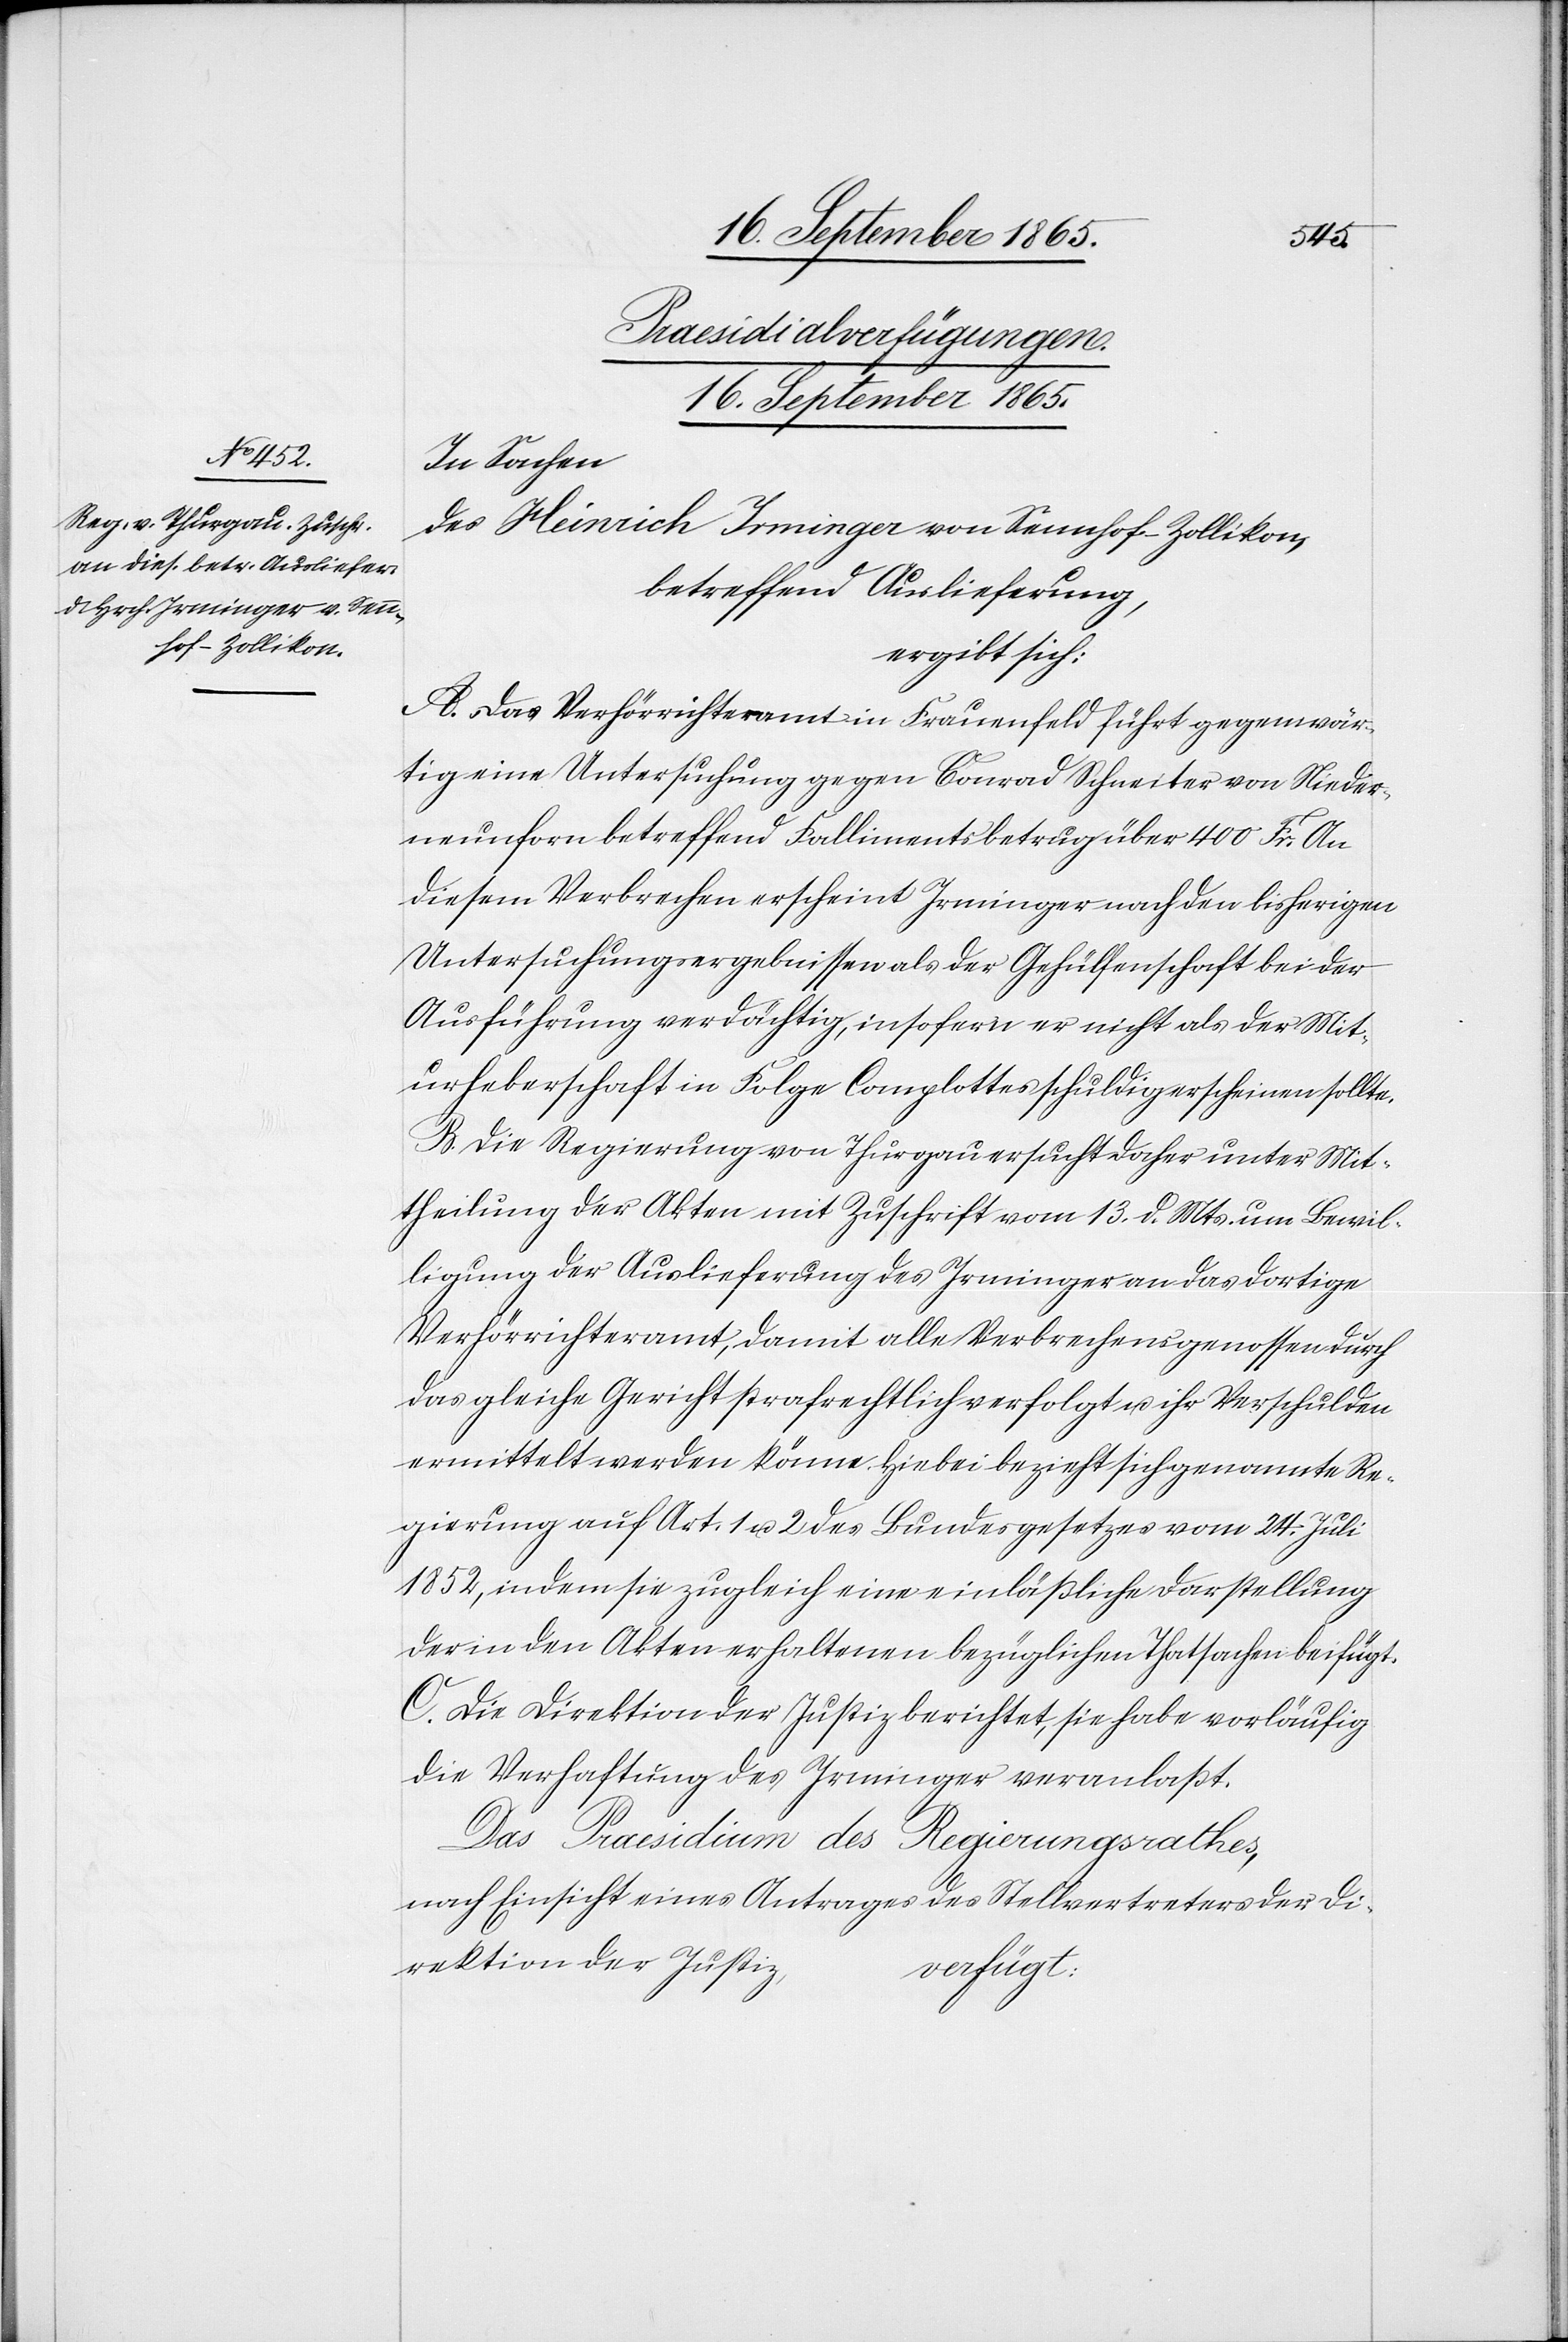
Praesidialverfügungen.
16. September 1865.
In Sachen
des Heinrich Irminger von Sennhof-Zollikon,
betreffend Auslieferung,
ergibt sich:
A. Das Verhörrichteramt in Frauenfeld führt gegenwär¬
tig eine Untersuchung gegen Conrad Schneiter von Nieder¬
neunforn betreffend Fallimentsbetrug über 400 Fr. An
diesem Verbrechen erscheint Irminger nach den bisherigen
Untersuchungsergebnissen als der Gehülfenschaft bei der
Ausführung verdächtig, insofern er nicht als der Mit¬
urheberschaft in Folge Complottes schuldig erscheinen sollte.
B. Die Regierung von Thurgau ersucht daher unter Mit¬
theilung der Akten mit Zuschrift vom 13. d. Mts. um Bewil¬
ligung der Auslieferung des Irminger an das dortige
Verhörrichteramt, damit alle Verbrechensgenossen durch
das gleiche Gericht strafrechtlich verfolgt u. ihr Verschulden
ermittelt werden könne. Hiebei bezieht sich genannte Re¬
gierung auf Art. 1 u. 2 des Bundesgesetzes vom 24. Juli
1852, indem sie zugleich eine einläßliche Darstellung
der in den Akten erhaltenen bezüglichen Thatsachen beifügt.
C. Die Direktion der Justiz berichtet, sie habe vorläufig
die Verhaftung des Irminger veranlaßt.
Das Praesidium des Regierungsrathes,
nach Einsicht eines Antrages des Stellvertreters der Di¬
rektion der Justiz,
verfügt: